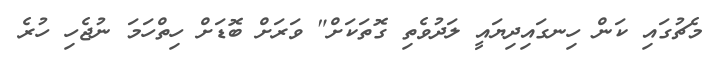
މެޗުގައި ކަން ހިނގައިދިޔައީ ލަދުވެތި ގޮތަކަށް" ވަރަށް ބޮޑަށް ހިތްހަމަ ނުޖެހި ހުރެ